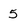
Character: 5